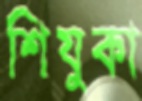
শিযুকা